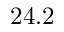
2 4 . 2